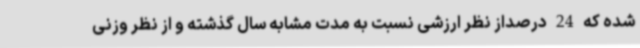
شده که 24 درصداز نظر ارزشی نسبت به مدت مشابه سال گذشته و از نظر وزنی